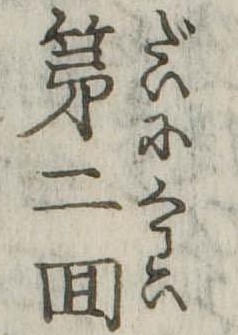
第二回